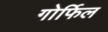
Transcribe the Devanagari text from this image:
गोर्फिल